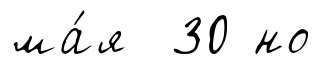
ма́я 30 но